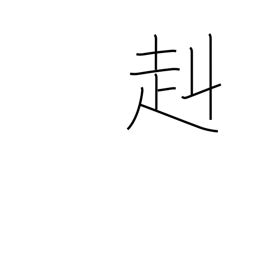
Meaning: strong and brave